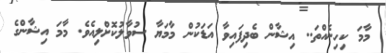
މާމަ ކިހިނެއްތަ.. އިޝާން ބެދިފައިވާ އަޑަކުން މާމަޔާ ސުވާލުކޮށްލިއެވެ. މާމަ އިޝާންގެ